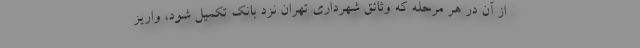
از آن در هر مرحله که وثائق شهرداری تهران نزد بانک تکمیل شود، واریز